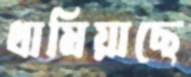
থামিয়াছে